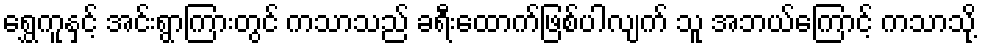
ရွှေကူနှင့် အင်းရွာကြားတွင် ကသာသည် ခရီးထောက်ဖြစ်ပါလျက် သူ အဘယ်ကြောင့် ကသာသို့